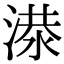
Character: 𬈘